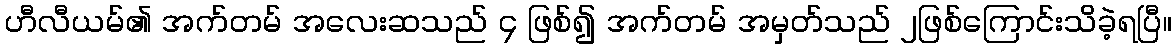
ဟီလီယမ်၏ အက်တမ် အလေးဆသည် ၄ ဖြစ်၍ အက်တမ် အမှတ်သည် ၂ဖြစ်ကြောင်းသိခဲ့ရပြီ။